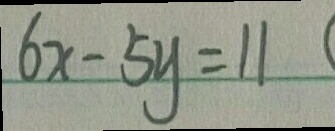
6 x - 5 y = 1 1